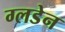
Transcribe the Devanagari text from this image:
ग्लडेन